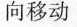
向移动